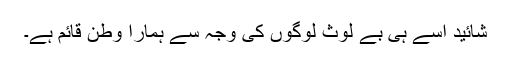
شائید اسے ہی بے لوث لوگوں کی وجہ سے ہمارا وطن قائم ہے۔